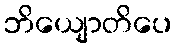
ဘိယျောတိပေ